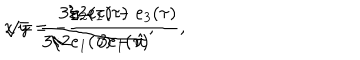
LaTeX: { \displaystyle x = \frac { 3 / 2 e _ { 1 } ( \tau ) } { 3 / 2 e _ { 1 } ( \tau ) - \hat { u } } , } \hspace { 1 c m } { \displaystyle \sqrt { y } = - \frac { e _ { 2 } ( \tau ) - e _ { 3 } ( \tau ) } { 3 e _ { 1 } ( \tau ) } , }